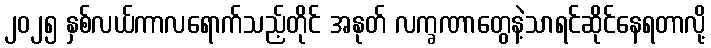
၂၀၂၅ နှစ်လယ်ကာလရောက်သည့်တိုင် အနုတ် လက္ခဏာတွေနဲ့သာရင်ဆိုင်နေရတာလို့